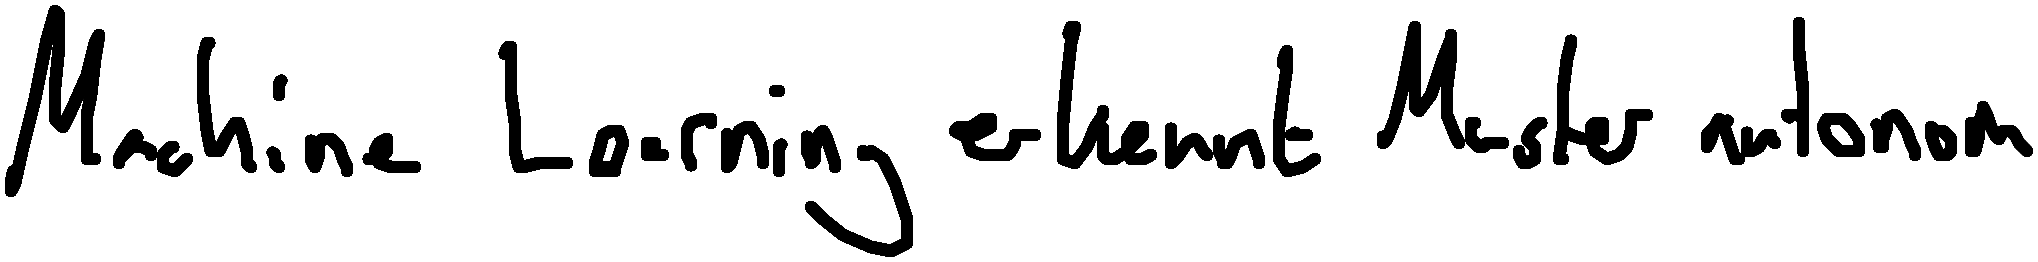
Machine Learning erkennt Muster autonom.